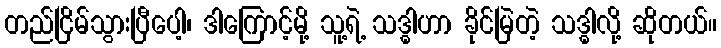
တည်ငြိမ်သွားပြီပေါ့၊ ဒါကြောင့်မို့ သူ့ရဲ့ သဒ္ဓါဟာ ခိုင်မြဲတဲ့ သဒ္ဓါလို့ ဆိုတယ်။